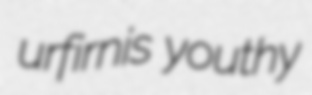
urfirnis youthy